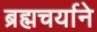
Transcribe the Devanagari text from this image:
ब्रह्मचर्याने